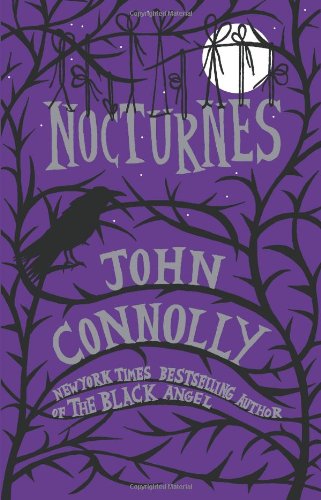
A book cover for Nocturnes; John Connolly; Literature & Fiction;